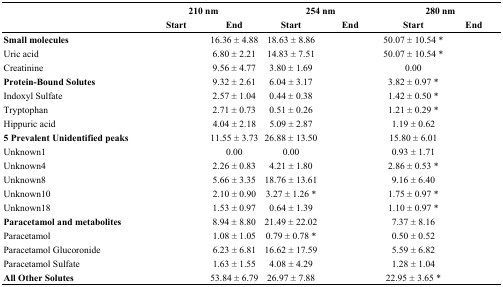
<table><thead><tr><td>[EMPTY_CELL]</td><td colspan="2"><b>210 nm</b></td><td colspan="2"><b>254 nm</b></td><td colspan="2"><b>280 nm</b></td></tr><tr><td>[EMPTY_CELL]</td><td><b>Start</b></td><td><b>End</b></td><td><b>Start</b></td><td><b>End</b></td><td><b>Start</b></td><td><b>End</b></td></tr></thead><tbody><tr><td><b>Small molecules</b></td><td>[EMPTY_CELL]</td><td>16.36 ± 4.88</td><td>18.63 ± 8.86</td><td>[EMPTY_CELL]</td><td>50.07 ± 10.54 *</td><td>[EMPTY_CELL]</td></tr><tr><td>Uric acid</td><td>[EMPTY_CELL]</td><td>6.80 ± 2.21</td><td>14.83 ± 7.51</td><td>[EMPTY_CELL]</td><td>50.07 ± 10.54 *</td><td>[EMPTY_CELL]</td></tr><tr><td>Creatinine</td><td>[EMPTY_CELL]</td><td>9.56 ± 4.77</td><td>3.80 ± 1.69</td><td>[EMPTY_CELL]</td><td>0.00</td><td>[EMPTY_CELL]</td></tr><tr><td><b>Protein-Bound Solutes</b></td><td>[EMPTY_CELL]</td><td>9.32 ± 2.61</td><td>6.04 ± 3.17</td><td>[EMPTY_CELL]</td><td>3.82 ± 0.97 *</td><td>[EMPTY_CELL]</td></tr><tr><td>Indoxyl Sulfate</td><td>[EMPTY_CELL]</td><td>2.57 ± 1.04</td><td>0.44 ± 0.38</td><td>[EMPTY_CELL]</td><td>1.42 ± 0.50 *</td><td>[EMPTY_CELL]</td></tr><tr><td>Tryptophan</td><td>[EMPTY_CELL]</td><td>2.71 ± 0.73</td><td>0.51 ± 0.26</td><td>[EMPTY_CELL]</td><td>1.21 ± 0.29 *</td><td>[EMPTY_CELL]</td></tr><tr><td>Hippuric acid</td><td>[EMPTY_CELL]</td><td>4.04 ± 2.18</td><td>5.09 ± 2.87</td><td>[EMPTY_CELL]</td><td>1.19 ± 0.62</td><td>[EMPTY_CELL]</td></tr><tr><td><b>5 Prevalent Unidentified peaks</b></td><td>[EMPTY_CELL]</td><td>11.55 ± 3.73</td><td>26.88 ± 13.50</td><td>[EMPTY_CELL]</td><td>15.80 ± 6.01</td><td>[EMPTY_CELL]</td></tr><tr><td>Unknown1</td><td>[EMPTY_CELL]</td><td>0.00</td><td>0.00</td><td>[EMPTY_CELL]</td><td>0.93 ± 1.71</td><td>[EMPTY_CELL]</td></tr><tr><td>Unknown4</td><td>[EMPTY_CELL]</td><td>2.26 ± 0.83</td><td>4.21 ± 1.80</td><td>[EMPTY_CELL]</td><td>2.86 ± 0.53 *</td><td>[EMPTY_CELL]</td></tr><tr><td>Unknown8</td><td>[EMPTY_CELL]</td><td>5.66 ± 3.35</td><td>18.76 ± 13.61</td><td>[EMPTY_CELL]</td><td>9.16 ± 6.40</td><td>[EMPTY_CELL]</td></tr><tr><td>Unknown10</td><td>[EMPTY_CELL]</td><td>2.10 ± 0.90</td><td>3.27 ± 1.26 *</td><td>[EMPTY_CELL]</td><td>1.75 ± 0.97 *</td><td>[EMPTY_CELL]</td></tr><tr><td>Unknown18</td><td>[EMPTY_CELL]</td><td>1.53 ± 0.97</td><td>0.64 ± 1.39</td><td>[EMPTY_CELL]</td><td>1.10 ± 0.97 *</td><td>[EMPTY_CELL]</td></tr><tr><td><b>Paracetamol and metabolites</b></td><td>[EMPTY_CELL]</td><td>8.94 ± 8.80</td><td>21.49 ± 22.02</td><td>[EMPTY_CELL]</td><td>7.37 ± 8.16</td><td>[EMPTY_CELL]</td></tr><tr><td>Paracetamol</td><td>[EMPTY_CELL]</td><td>1.08 ± 1.05</td><td>0.79 ± 0.78 *</td><td>[EMPTY_CELL]</td><td>0.50 ± 0.52</td><td>[EMPTY_CELL]</td></tr><tr><td>Paracetamol Glucoronide</td><td>[EMPTY_CELL]</td><td>6.23 ± 6.81</td><td>16.62 ± 17.59</td><td>[EMPTY_CELL]</td><td>5.59 ± 6.82</td><td>[EMPTY_CELL]</td></tr><tr><td>Paracetamol Sulfate</td><td>[EMPTY_CELL]</td><td>1.63 ± 1.55</td><td>4.08 ± 4.29</td><td>[EMPTY_CELL]</td><td>1.28 ± 1.04</td><td>[EMPTY_CELL]</td></tr><tr><td><b>All Other Solutes</b></td><td>[EMPTY_CELL]</td><td>53.84 ± 6.79</td><td>26.97 ± 7.88</td><td>[EMPTY_CELL]</td><td>22.95 ± 3.65 *</td><td>[EMPTY_CELL]</td></tr></tbody></table>